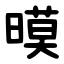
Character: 暯